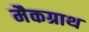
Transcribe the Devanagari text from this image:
मैकग्राथ